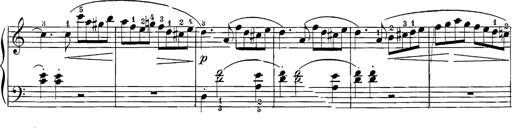
Title: 12 Sonatine per Pianoforte
Composer: Friedrich Kuhlau